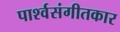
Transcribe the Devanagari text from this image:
पार्श्वसंगीतकार